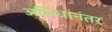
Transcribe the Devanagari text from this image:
अभिधानंतर